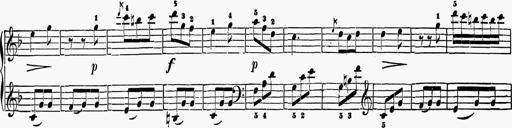
Title: 6 Sonatas
Composer: Muzio Clementi